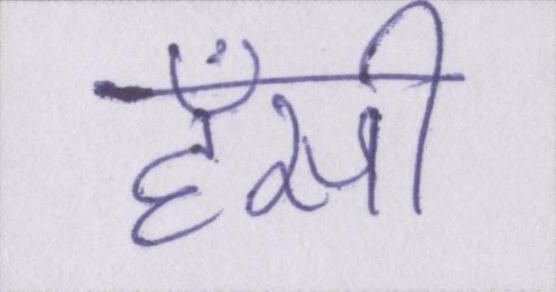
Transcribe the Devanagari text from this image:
हँसी